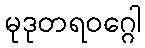
မုဒုတရဝဂ္ဂေါ